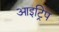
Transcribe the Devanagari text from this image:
आइट्रिप